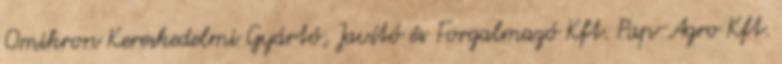
Omikron Kereskedelmi Gyártó, Javító és Forgalmazó Kft. Pap-Agro Kft.